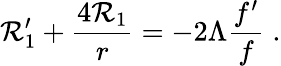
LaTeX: \mathcal{R}_{1}^{\prime}+\frac{{4\mathcal{R}_{1}}}{{r}}=-2\Lambda\frac{{f^{\prime}}}{{f}}\; .